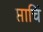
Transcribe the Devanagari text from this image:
प्ताचिं